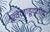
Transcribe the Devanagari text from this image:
खिलाडूवृत्तीचा